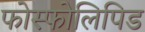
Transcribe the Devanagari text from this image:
फोस्फोलिपिड